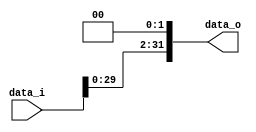
//Subject:     CO project 2 - Sign extend
//--------------------------------------------------------------------------------
//Version:     1
//--------------------------------------------------------------------------------
//Writer:04163150416005
//----------------------------------------------
//Date:
//----------------------------------------------
//Description:
//--------------------------------------------------------------------------------
module Shift_Left_Two_32(
    data_i,
    data_o
    );

//I/O ports
input [32-1:0] data_i;
output [32-1:0] data_o;

//shift left 2

assign data_o = data_i << 2;

endmodule